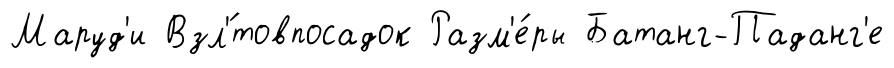
Маруд'и Взл'́товпосадок Разм'е́ры Батанг-Паданг'е